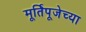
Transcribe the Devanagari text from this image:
मूर्तिपूजेच्या